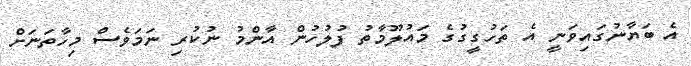
އެ ބަޔާނުގައިވަނީ އެ ތަހުގީގުގެ މައުލޫމާތު ފުލުހުން އާންމު ނުކުރި ނަމަވެސް މިހާތަނަށް